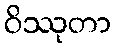
ဝိဿုတာ